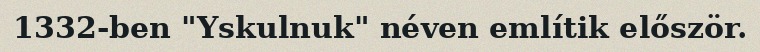
1332-ben "Yskulnuk" néven említik először.